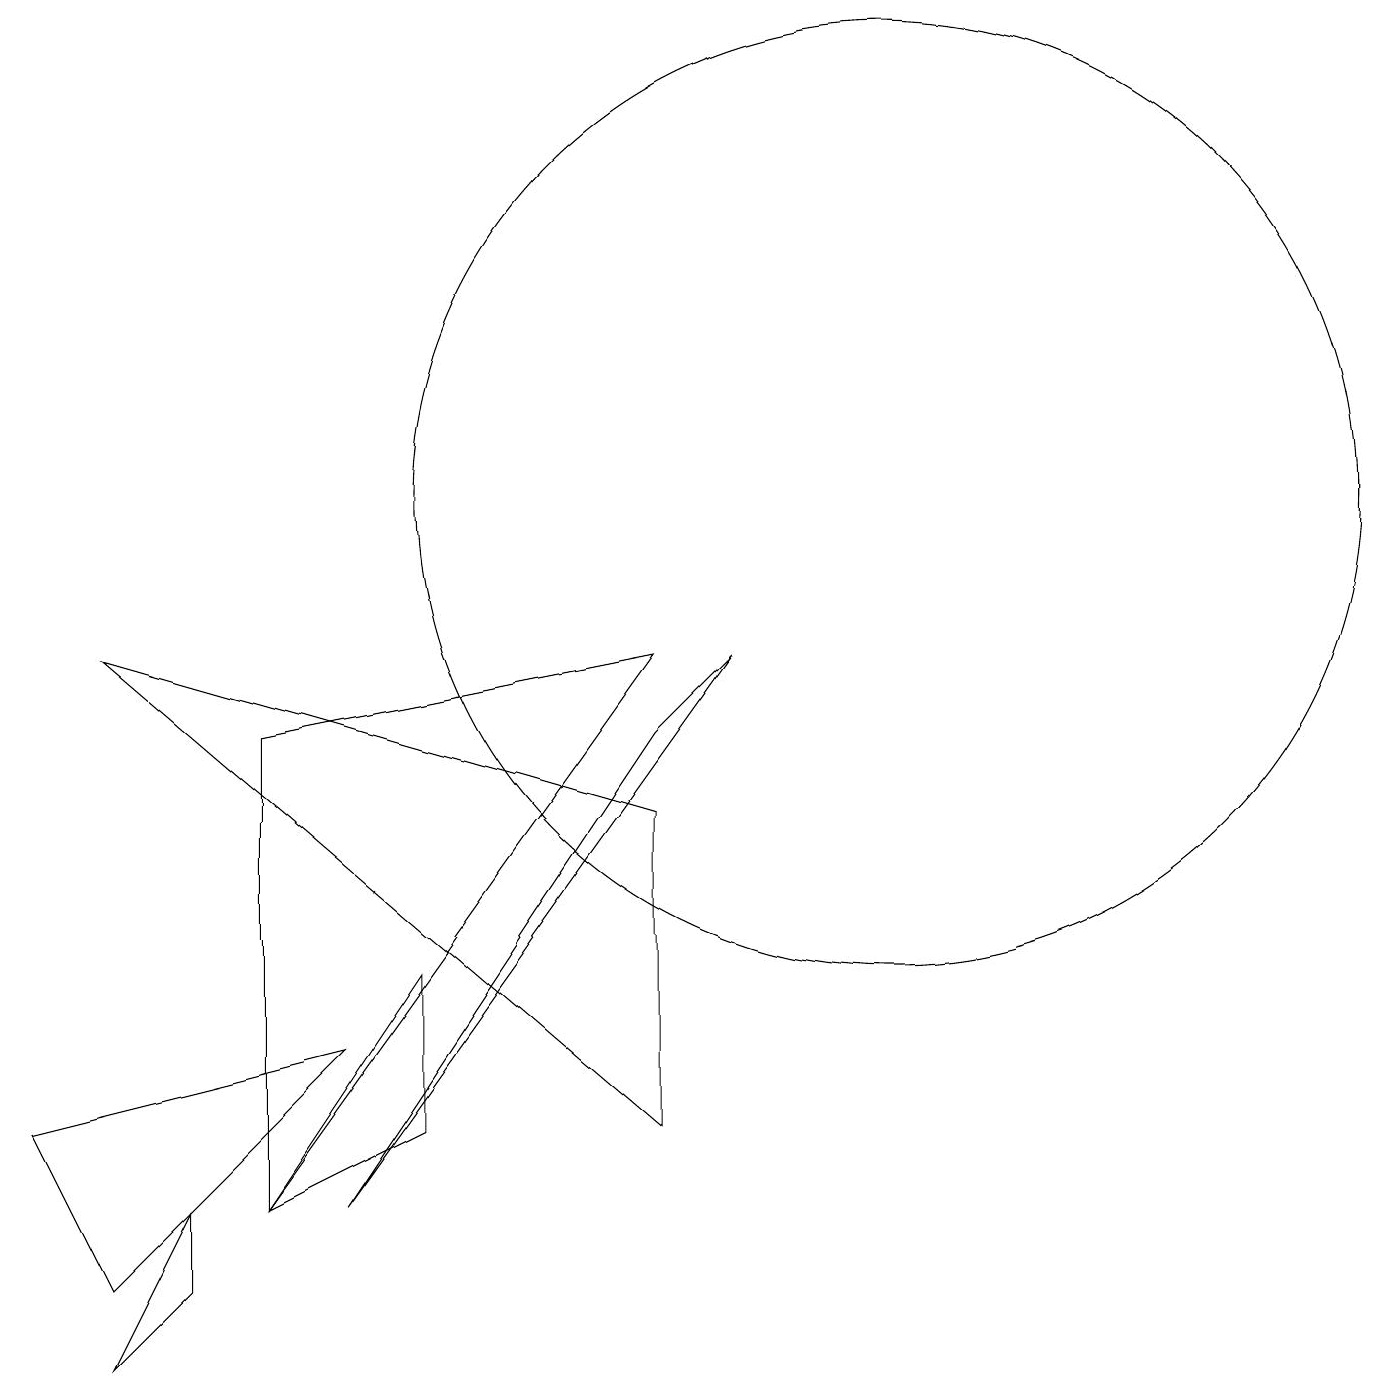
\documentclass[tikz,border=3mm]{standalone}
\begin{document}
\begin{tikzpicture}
\draw (2,1) -- (1,0) -- (2,2) -- cycle;
\draw (3,8) -- (8,9) -- (3,2) -- cycle;
\draw (0,3) -- (4,4) -- (1,1) -- cycle;
\draw (4,2) -- (8,8) -- (9,9) -- cycle;
\draw (8,3) -- (8,7) -- (1,9) -- cycle;
\draw (5,3) -- (3,2) -- (5,5) -- cycle;
\draw (11,11) circle (6);
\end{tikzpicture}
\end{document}